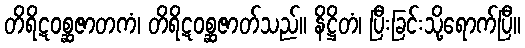
တိရိဋဝစ္ဆဇာတကံ၊ တိရိဋဝစ္ဆဇာတ်သည်။ နိဋ္ဌိတံ၊ ပြီးခြင်းသို့ရောက်ပြီ။